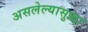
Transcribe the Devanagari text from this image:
असलेल्यासुद्धा